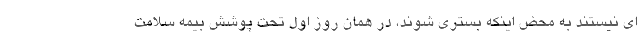
ای نیستند به محض اینکه بستری شوند، در همان روز اول تحت پوشش بیمه سلامت